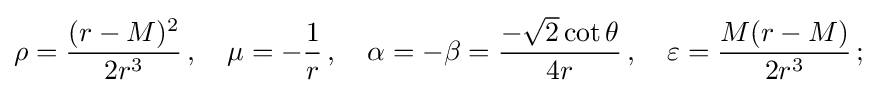
\rho ={\frac {(r-M)^{2}}{2r^{3}}}\,,\quad \mu =-{\frac {1}{r}}\,,\quad \alpha =-\beta ={\frac {-{\sqrt {2}}\cot \theta }{4r}}\,,\quad \varepsilon ={\frac {M(r-M)}{2r^{3}}}\,;